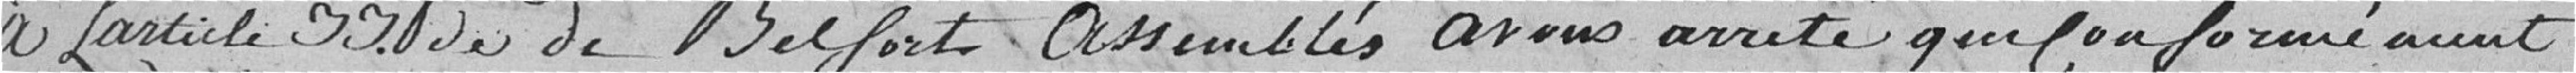
à l'article 33 de            de Belfort assemblés avons arrêté que conformément